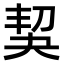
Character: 𠜵